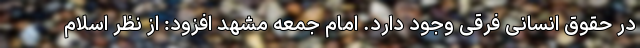
در حقوق انسانی فرقی وجود دارد. امام جمعه مشهد افزود: از نظر اسلام